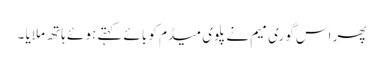
پھر اس گوری میم نے پلوی میڈم کو بائے کہتے ہوئے ہاتھ ملایا ۔